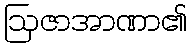
ဩဇာအာဏာ၏